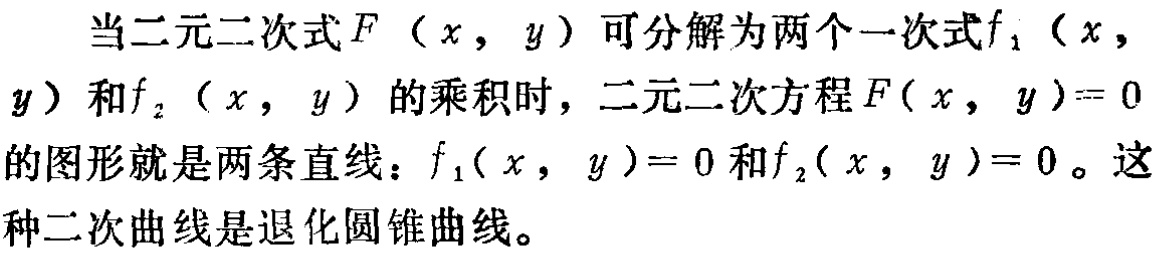
当二元二次式\(F(x,y)\)可分解为两个一次式\(f_1(x,y)\)和\(f_2(x,y)\)的乘积时，二元二次方程\(F(x,y)=0\)的图形就是两条直线：\(f_1(x,y)=0\)和\(f_2(x,y)=0\)。这种二次曲线是退化圆锥曲线。